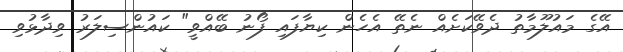
އޭގެ މައުލޫމާތު ދެވޭކަށެއް ނެތޭ އެހެން ކިޔާފައި ފޯނު ބޭއްވީ" ކައުންސިލަރު ވިދާޅުވި